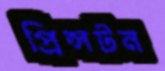
প্রিন্সটন